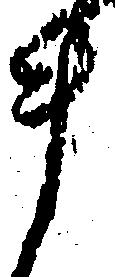
ま